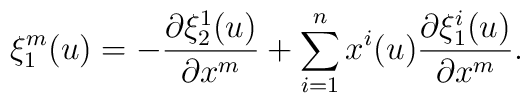
\xi_1^m(u)=-\frac{\partial \xi_2^1(u)}{\partial x^m}+\sum_{i=1}^nx^i(u)\frac{\partial \xi^i_1(u)}{\partial x^m}.